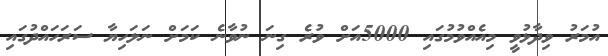
އުމަރު ވިދާޅުވީ މިއެއްވުމުގައި 5000އަށް ވުރެ ގިނަ ނުވާނެ ކަމަށް ނަލަހިޔާ ސަރަހައްދުގައި